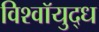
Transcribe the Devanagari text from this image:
विश्वॉयुद्ध